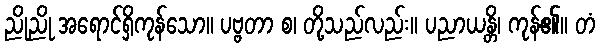
ညိုညို အရောင်ရှိကုန်သော။ ပဗ္ဗတာ စ၊ တို့သည်လည်း။ ပညာယန္တိ၊ ကုန်၏။ တံ